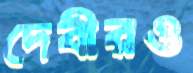
দেবীরও